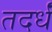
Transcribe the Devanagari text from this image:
तदर्धं